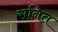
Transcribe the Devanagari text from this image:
सनित